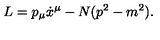
L = p _ { \mu } \dot { x } ^ { \mu } - N ( p ^ { 2 } - m ^ { 2 } ) .